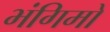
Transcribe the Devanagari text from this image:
भंगिमों